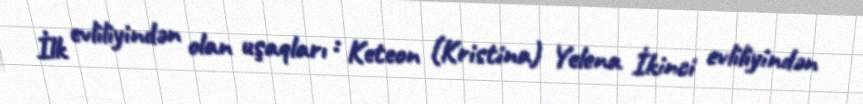
İlk evliliyindən olan uşaqları : Keteon (Kristina) Yelena İkinci evliliyindən